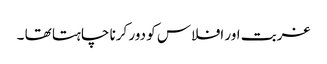
غربت اور افلاس کو دور کرنا چاہتا تھا ۔